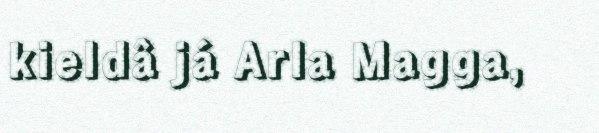
kieldâ já Arla Magga,